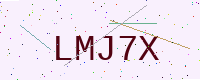
Text: LMJ7X